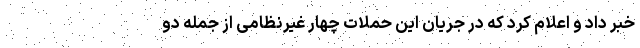
خبر داد و اعلام کرد که در جریان این حملات چهار غیرنظامی از جمله دو